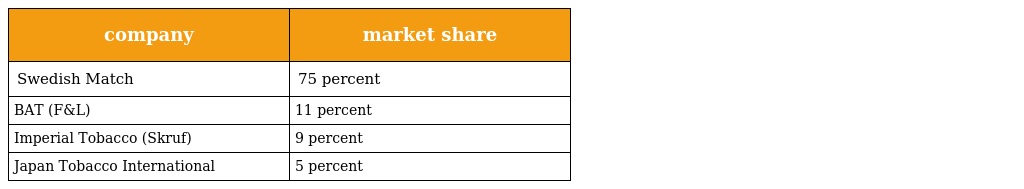
| company | market share |
 | --- | --- |
 | Swedish Match | 75 percent |
 | BAT (F&L) | 11 percent |
 | Imperial Tobacco (Skruf) | 9 percent |
 | Japan Tobacco International | 5 percent |